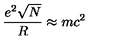
\frac { e ^ { 2 } \sqrt { N } } { R } \approx m c ^ { 2 }